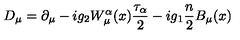
D _ { \mu } = \partial _ { \mu } - i g _ { 2 } W _ { \mu } ^ { \alpha } ( x ) \frac { \tau _ { \alpha } } { 2 } - i g _ { 1 } \frac { n } { 2 } B _ { \mu } ( x )